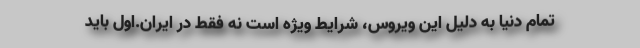
تمام دنیا به دلیل این ویروس، شرایط ویژه است نه فقط در ایران.اول باید